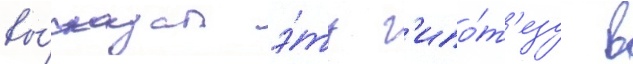
вы́сказал э́ту г'ипо́т'езу в